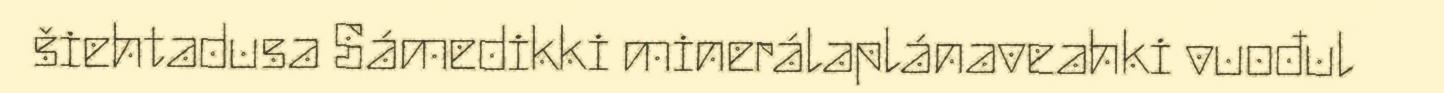
šiehtadusa Sámedikki minerálaplánaveahki vuođul